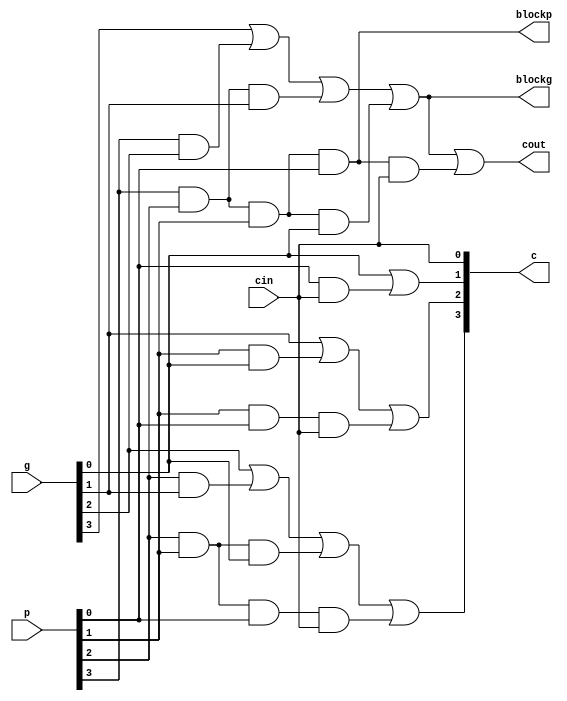
`timescale 1ns / 1ps
//////////////////////////////////////////////////////////////////////////////////
// Assignment no - 1
// Problem no - 2
// Semester - Autumn(2021-2022)
// Group No - 48
// Members - Vinit Raj, Aryan Agarwal
// Company: 
// Engineer: 
// 
// Design Name: 
// Module Name:    lookahead_carry_unit 
// Project Name: 
// Target Devices: 
// Tool versions: 
// Description: 
//
// Dependencies: 
//
// Revision: 
// Revision 0.01 - File Created
// Additional Comments: 
//
//////////////////////////////////////////////////////////////////////////////////
module lookahead_carry_unit(p, g, cin, c, cout, blockp, blockg);
	input[3:0] p, g;
	input cin;
	output blockp, blockg, cout;
	output[3:0] c;
	assign c[0]=cin;
	assign c[1]=g[0]|p[0]&cin;
	assign c[2]=g[1]|p[1]&g[0]|p[1]&p[0]&cin;
	assign c[3]=g[2]|p[2]&g[1]|p[2]&p[1]&g[0]|p[2]&p[1]&p[0]&cin;
	assign cout=g[3]|p[3]&g[2]|p[3]&p[2]&g[1]|p[3]&p[2]&p[1]&g[0]|p[3]&p[2]&p[1]&p[0]&cin;
	assign blockp=p[3]&p[2]&p[1]&p[0];
	assign blockg=g[3]|p[3]&g[2]|p[3]&p[2]&g[1]|p[3]&p[2]&p[1]&g[0];
endmodule